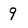
Character: 9